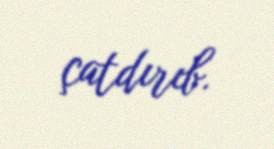
çatdırıb.